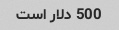
500 دلار است